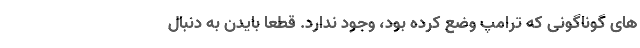
های گوناگونی که ترامپ وضع کرده بود، وجود ندارد. قطعا بایدن به دنبال